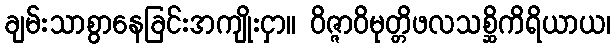
ချမ်းသာစွာနေခြင်းအကျိုးငှာ။ ဝိဇ္ဇာဝိမုတ္တိဖလသစ္ဆိကိရိယာယ၊